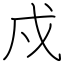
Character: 戍